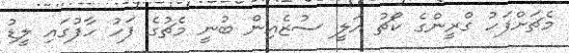
މެޗަށްފަހު ގްރީންގެ ކޯޗު އަލީ ސުޒެއިން ބުނީ މެޗުގެ ފަހު ހާފުގައި ލީޑު